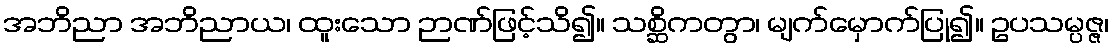
အဘိညာ အဘိညာယ၊ ထူးသော ဉာဏ်ဖြင့်သိ၍။ သစ္ဆိကတွာ၊ မျက်မှောက်ပြု၍။ ဥပသမ္ပဇ္ဇ၊